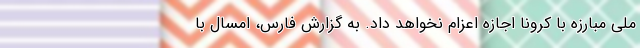
ملی مبارزه با کرونا اجازه اعزام نخواهد داد. به گزارش فارس، امسال با